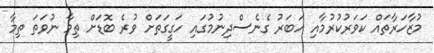
މުޒާހަރާތައް ކަވަރުކުރުމާއި ހަބަރު ގެނެސްދިނުމުގައި ހަގީގަތަށް ވުރެ ބޮޑަށް ތިމާ ނުވަތަ ތިމާ